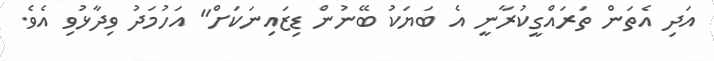
އަދި އެތަން ތަރައްގީކުރާނީ އެ ބަޔަކު ބޭނުން ޑިޒައިނަކަށް" އަހުމަދު ވިދާޅުވި އެވެ.